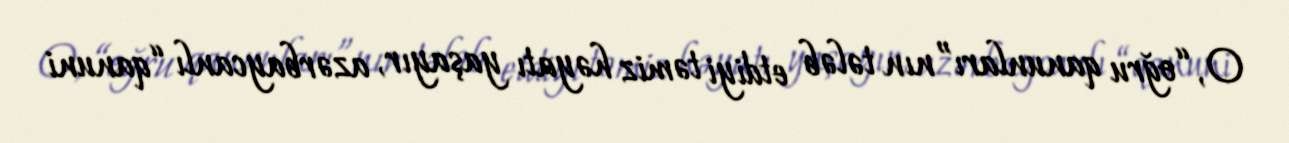
O, “oğru qanunları”nın tələb etdiyi təmiz həyatı yaşayır, azərbaycanlı “qanuni